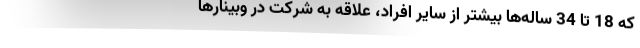
که 18 تا 34 ساله‌ها بیشتر از سایر افراد، علاقه به شرکت در وبینارها